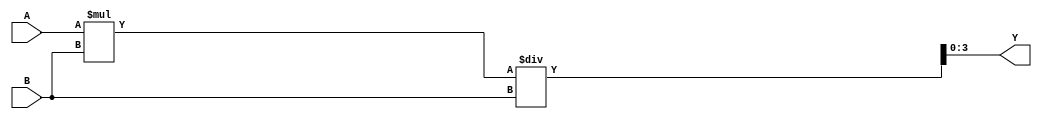
module t(input [3:0] A, input [3:0] B, output signed [3:0] Y);

wire [7:0] P = A * B;
wire signed [7:0] SP = P;
wire signed [3:0] SB = B;
assign Y = SP / SB;

endmodule